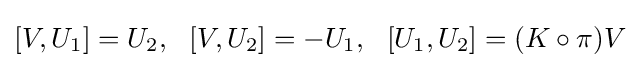
[V,U_{1}]=U_{2},\,\,\,\,[V,U_{2}]=-U_{1},\,\,\,\,[U_{1},U_{2}]=(K\circ \pi )V